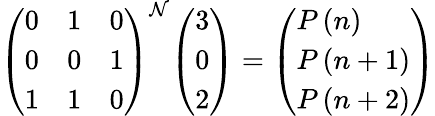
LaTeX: {\left(\begin{array}{lll}{0}&{1}&{0}\\ {0}&{0}&{1}\\ {1}&{1}&{0}\end{array}\right)}^{\mathcal{N}}{\left(\begin{array}{l}{3}\\ {0}\\ {2}\end{array}\right)}={\left(\begin{array}{l}{P\left(n\right)}\\ {P\left(n+1\right)}\\ {P\left(n+2\right)}\end{array}\right)}